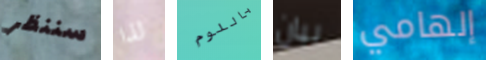
سننظر لذا باللوم بيان إلهامي